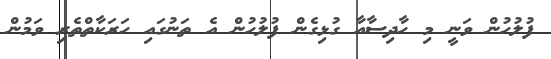
ފުލުހުން ވަނީ މި ހާދިސާއާ ގުޅިގެން ފުލުހުން އެ ތަނުގައި ހަރަކާތްތެރި ވަމުން